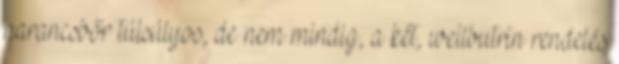
narancsbőr túlsúlyos, de nem mindig, a két, wellbutrin rendelés